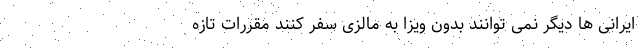
ایرانی ها دیگر نمی توانند بدون ویزا به مالزی سفر کنند مقررات تازه